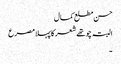
حسن مطلع کمال
البتہ چو تھے شعر کا پہلا مصرع
۔